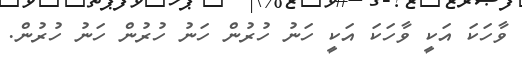
ވާހަކަ އަކީ ވާހަކަ އަކީ ހަނު ހުރުން ހަނު ހުރުން ހަނު ހުރުން.